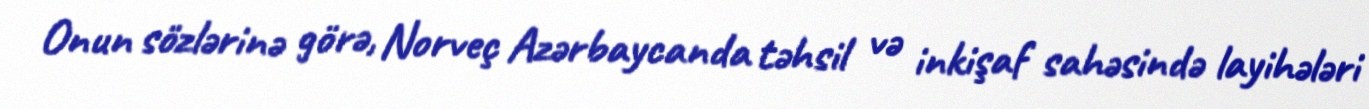
Onun sözlərinə görə, Norveç Azərbaycanda təhsil və inkişaf sahəsində layihələri